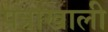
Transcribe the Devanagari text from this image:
पत्राखाली